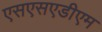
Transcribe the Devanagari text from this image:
एसएसएडीएम